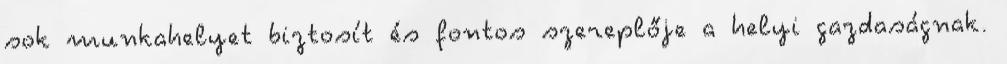
sok munkahelyet biztosít és fontos szereplője a helyi gazdaságnak.